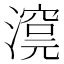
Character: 𣾊